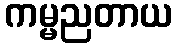
ကမ္မညတာယ